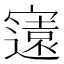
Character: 𭔚